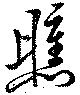
曛